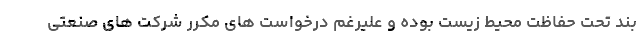
بند تحت حفاظت محیط زیست بوده و علیرغم درخواست های مکرر شرکت های صنعتی